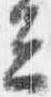
云